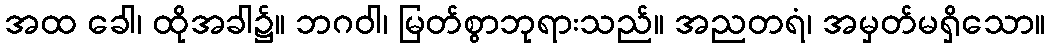
အထ ခေါ၊ ထိုအခါ၌။ ဘဂဝါ၊ မြတ်စွာဘုရားသည်။ အညတရံ၊ အမှတ်မရှိသော။